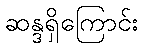
ဆန္ဒရှိကြောင်း